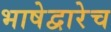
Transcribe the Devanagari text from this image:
भाषेद्वारेच